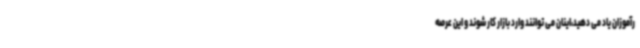
رآموزان یاد می دهید،اینان می توانند وارد بازار کار شوند و این عرصه